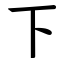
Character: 下